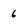
Character: 6